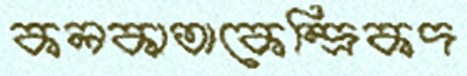
কলকাতাকেন্দ্রিকদ